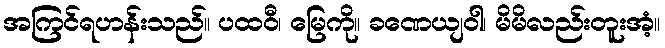
အကြင်ရဟန်းသည်။ ပထဝီ၊ မြေကို။ ခဏေယျဝါ၊ မိမိလည်းတူးအံ့။